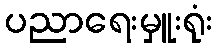
ပညာရေးမှူးရုံး